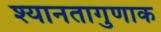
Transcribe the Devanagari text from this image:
श्यानतागुणाक